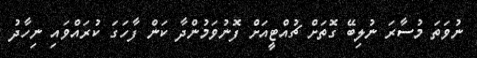
ނުވަތަ މުސާރަ ނުލިބޭ ގޮތަށް ޗުއްޓީއަށް ފޮނުވަމުންދާ ކަން ފާހަގަ ކުރައްވައި ނިހާދު